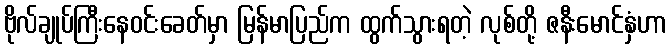
ဗိုလ်ချုပ်ကြီးနေဝင်းခေတ်မှာ မြန်မာပြည်က ထွက်သွားရတဲ့ လုစ်တို့ ဇနီးမောင်နှံဟာ